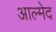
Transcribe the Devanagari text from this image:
आल्मेद